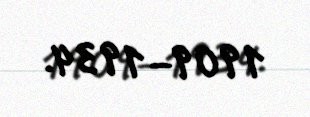
1909–1934.